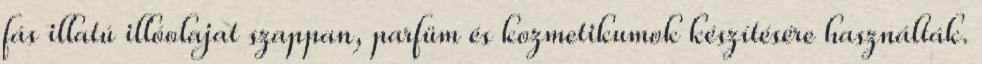
fás illatú illóolajat szappan, parfüm és kozmetikumok készítésére használták.